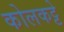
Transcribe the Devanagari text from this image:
कोलकट्टे